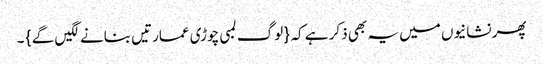
پھر نشانیوں میں یہ بھی ذکر ہے کہ { لوگ لمبی چوڑی عمارتیں بنانے لگیں گے } ۔